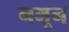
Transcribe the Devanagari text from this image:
नमून